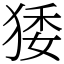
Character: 㹻